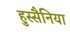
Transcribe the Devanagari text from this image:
हुस्सैनिया